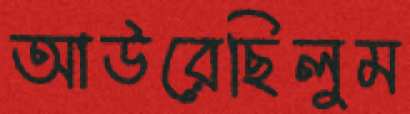
আউরেছিলুম